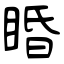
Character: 睧